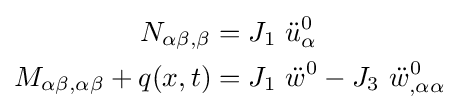
{\begin{aligned}N_{\alpha \beta ,\beta }&=J_{1}~{\ddot {u}}_{\alpha }^{0}\\M_{\alpha \beta ,\alpha \beta }+q(x,t)&=J_{1}~{\ddot {w}}^{0}-J_{3}~{\ddot {w}}_{,\alpha \alpha }^{0}\end{aligned}}